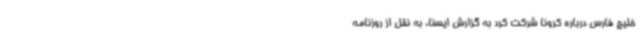
خلیج فارس درباره کرونا شرکت کرد به گزارش ایسنا، به نقل از روزنامه